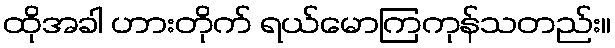
ထိုအခါ ဟားတိုက် ရယ်မောကြကုန်သတည်း။